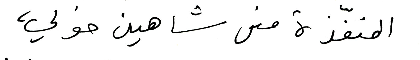
المنفّذة منى شاهين خولي،